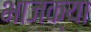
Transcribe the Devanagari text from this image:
भाजक्या